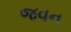
જવન